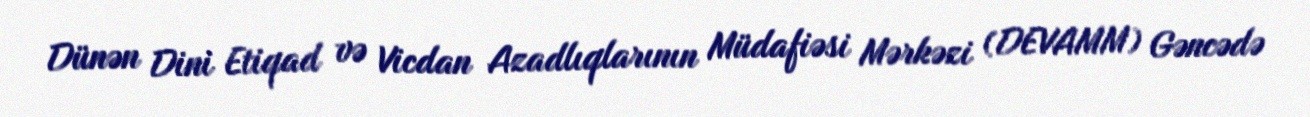
Dünən Dini Etiqad və Vicdan Azadlıqlarının Müdafiəsi Mərkəzi (DEVAMM) Gəncədə